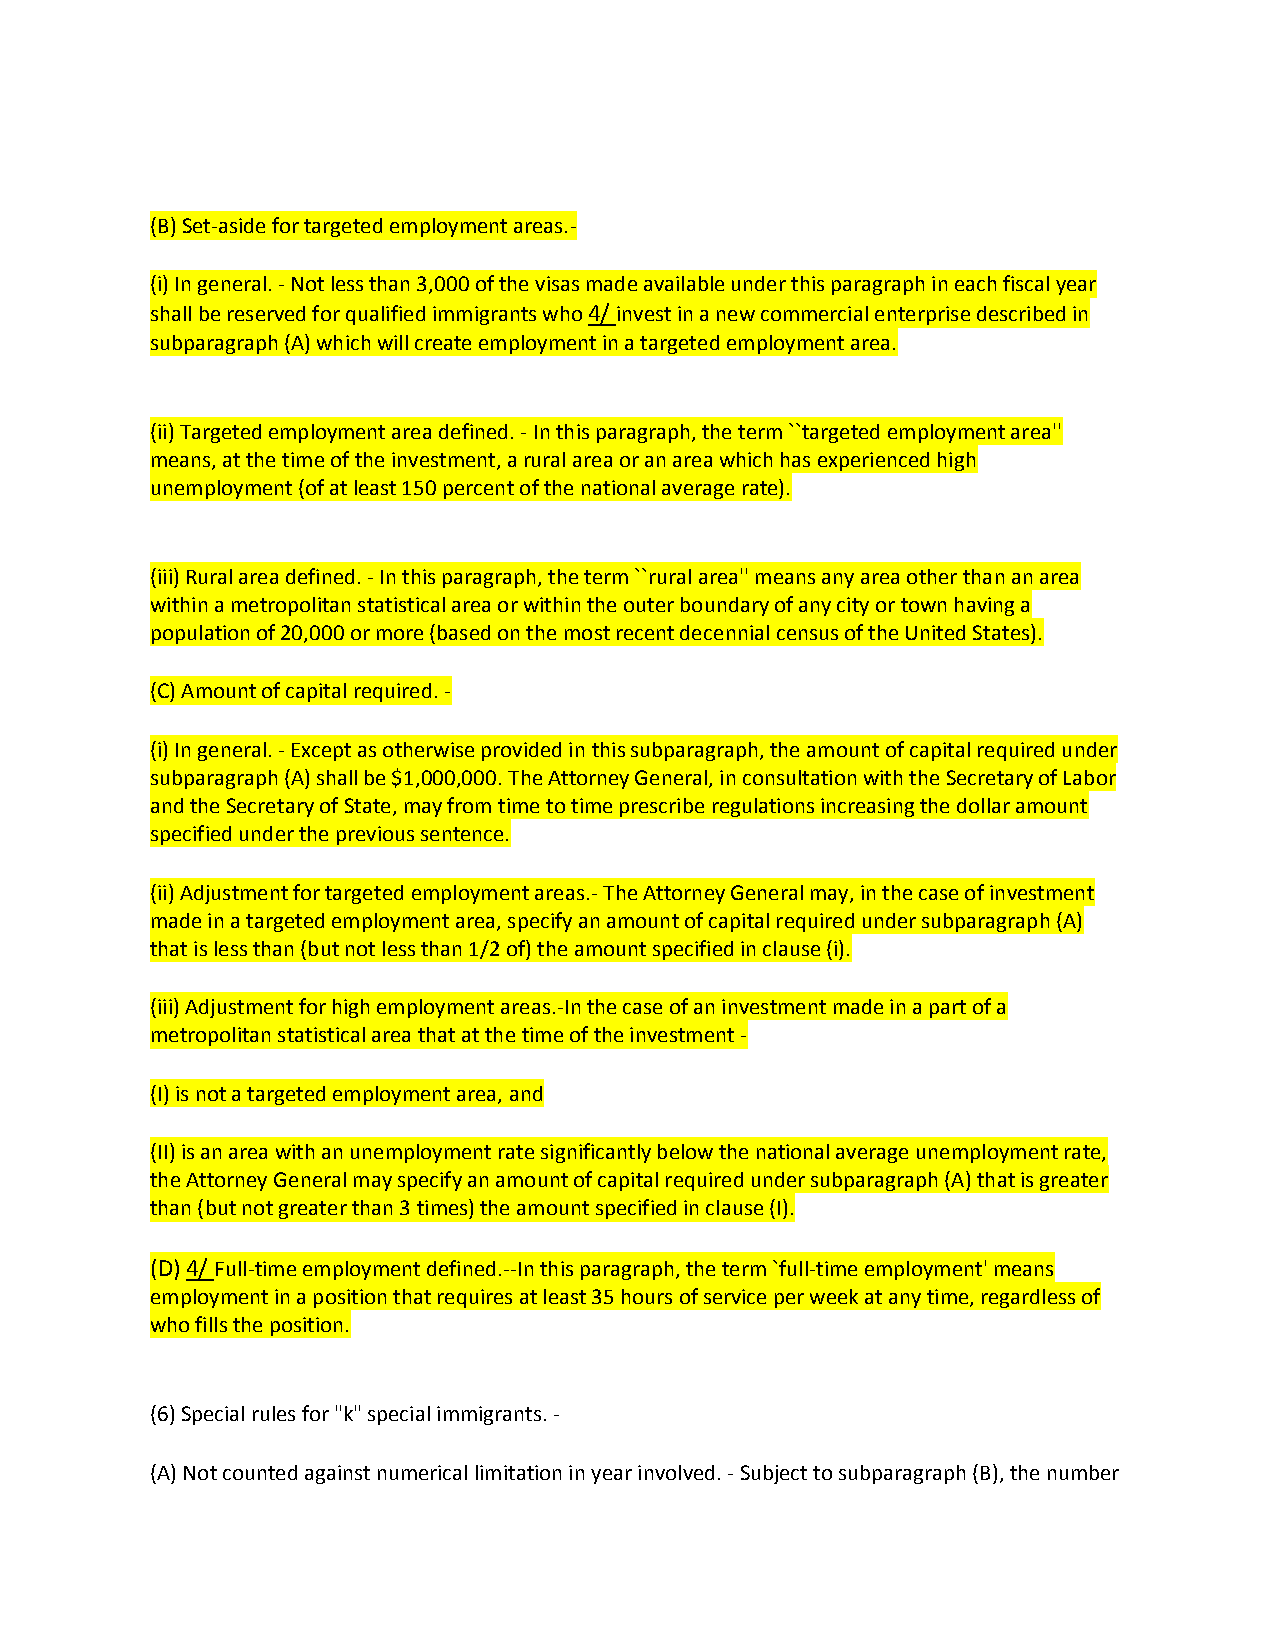
(B) Set-aside for targeted employment areas.-
 (i) In general. - Not less than 3,000 of the visas made available under this paragraph in each fiscal year
 shall be reserved for qualified immigrants who 4/ invest in a new commercial enterprise described in
 subparagraph (A) which will create employment in a targeted employment area.
 (ii) Targeted employment area defined. - In this paragraph, the term ``targeted employment area''
 means, at the time of the investment, a rural area or an area which has experienced high
 unemployment (of at least 150 percent of the national average rate).
 (iii) Rural area defined. - In this paragraph, the term ``rural area'' means any area other than an area
 within a metropolitan statistical area or within the outer boundary of any city or town having a
 population of 20,000 or more (based on the most recent decennial census of the United States).
 (C) Amount of capital required. -
 (i) In general. - Except as otherwise provided in this subparagraph, the amount of capital required under
 subparagraph (A) shall be $1,000,000. The Attorney General, in consultation with the Secretary of Labor
 and the Secretary of State, may from time to time prescribe regulations increasing the dollar amount
 specified under the previous sentence.
 (ii) Adjustment for targeted employment areas.- The Attorney General may, in the case of investment
 made in a targeted employment area, specify an amount of capital required under subparagraph (A)
 that is less than (but not less than 1/2 of) the amount specified in clause (i).
 (iii) Adjustment for high employment areas.-In the case of an investment made in a part of a
 metropolitan statistical area that at the time of the investment -
 (I) is not a targeted employment area, and
 (II) is an area with an unemployment rate significantly below the national average unemployment rate,
 the Attorney General may specify an amount of capital required under subparagraph (A) that is greater
 than (but not greater than 3 times) the amount specified in clause (I).
 (D) 4/ Full-time employment defined.--In this paragraph, the term `full-time employment' means
 employment in a position that requires at least 35 hours of service per week at any time, regardless of
 who fills the position.
 (6) Special rules for "k" special immigrants. -
 (A) Not counted against numerical limitation in year involved. - Subject to subparagraph (B), the number